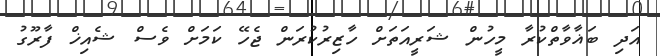
އަދި ބަޣާވާތްކުރާ މީހުން ޝަރީއަތަށް ހާޒިރުކުރަން ޖެހޭ ކަމަށް ވެސް ޝެއިޚް ފާރޫގު